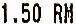
1.50 RM